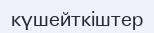
күшейткіштер